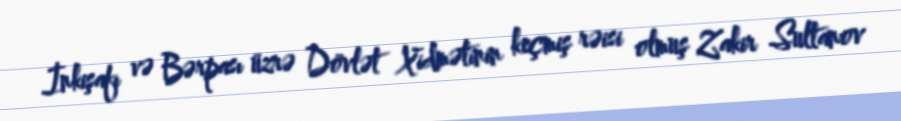
İnkişafı və Bərpası üzrə Dövlət Xidmətinin keçmiş rəisi olmuş Zakir Sultanov